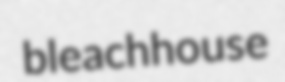
bleachhouse